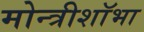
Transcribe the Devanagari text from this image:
मोन्त्रीशाॅभा